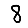
Digit: 8